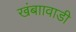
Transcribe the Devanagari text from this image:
खंबाावाडी